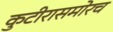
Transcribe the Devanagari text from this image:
कुटीरासमोरच